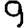
Digit: 9